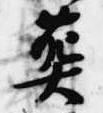
葬